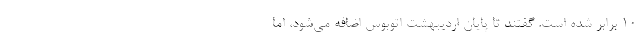
10 برابر شده است. گفتند تا پایان اردیبهشت اتوبوس اضافه می‌شود، اما